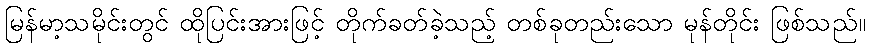
မြန်မာ့သမိုင်းတွင် ထိုပြင်းအားဖြင့် တိုက်ခတ်ခဲ့သည့် တစ်ခုတည်းသော မုန်တိုင်း ဖြစ်သည်။